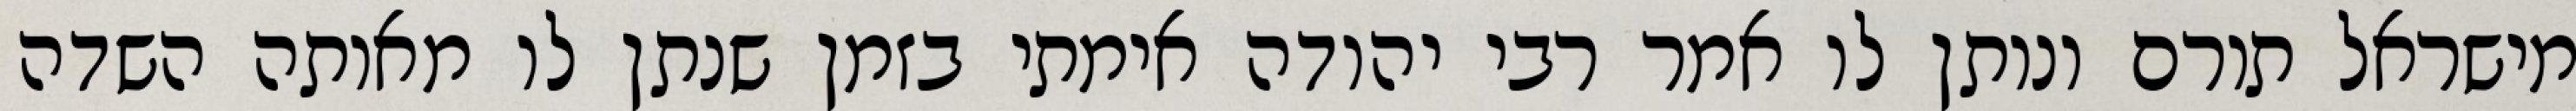
מישראל תורם ונותן לו אמר רבי יהודה אימתי בזמן שנתן לו מאותה השדה